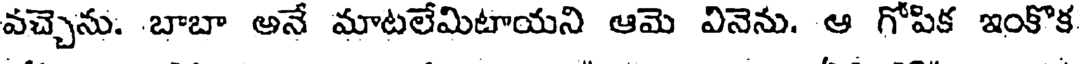
వచ్చెను. -బాబా అనే మాటలేమిటాయని ఆమె వినెను. ఆ గోపిక ఇంకొక